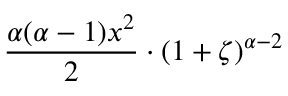
{ \frac { \alpha ( \alpha - 1 ) x ^ { 2 } } { 2 } } \cdot ( 1 + \zeta ) ^ { \alpha - 2 }